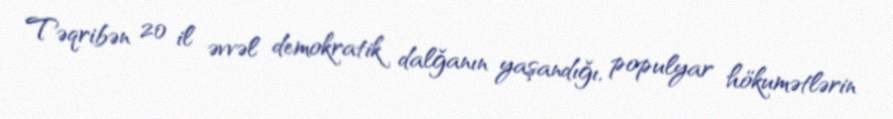
Təqribən 20 il əvvəl demokratik dalğanın yaşandığı, populyar hökumətlərin